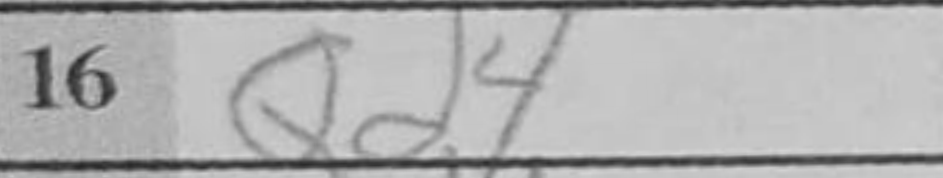
Transcription: Qd4